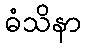
ဓံသိနာ